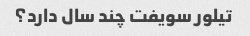
تیلور سویفت چند سال دارد؟